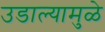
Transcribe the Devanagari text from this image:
उडाल्यामुळे